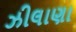
ઝીલાણા